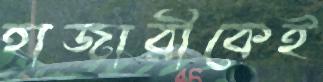
হাজারীকেই